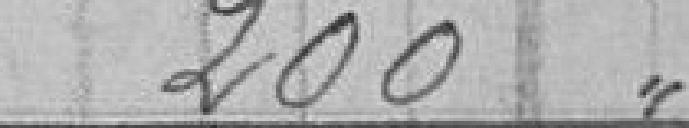
200,00